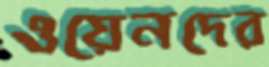
ওয়েনদের